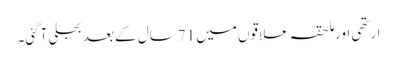
ارتھی اورملحقہ علاقوں میں 71سال کے بعد بجلی آگئی۔